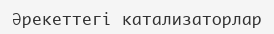
Әрекеттегі катализаторлар